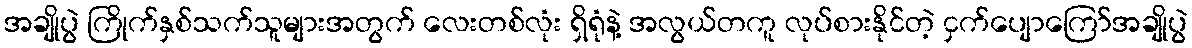
အချိုပွဲ ကြိုက်နှစ်သက်သူများအတွက် လေးတစ်လုံး ရှိရုံနဲ့ အလွယ်တကူ လုပ်စားနိုင်တဲ့ ငှက်ပျောကြော်အချိုပွဲ